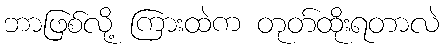
ဘာဖြစ်လို့ ကြားထဲက တုတ်ထိုးရတာလဲ